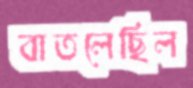
বাতলেছিল